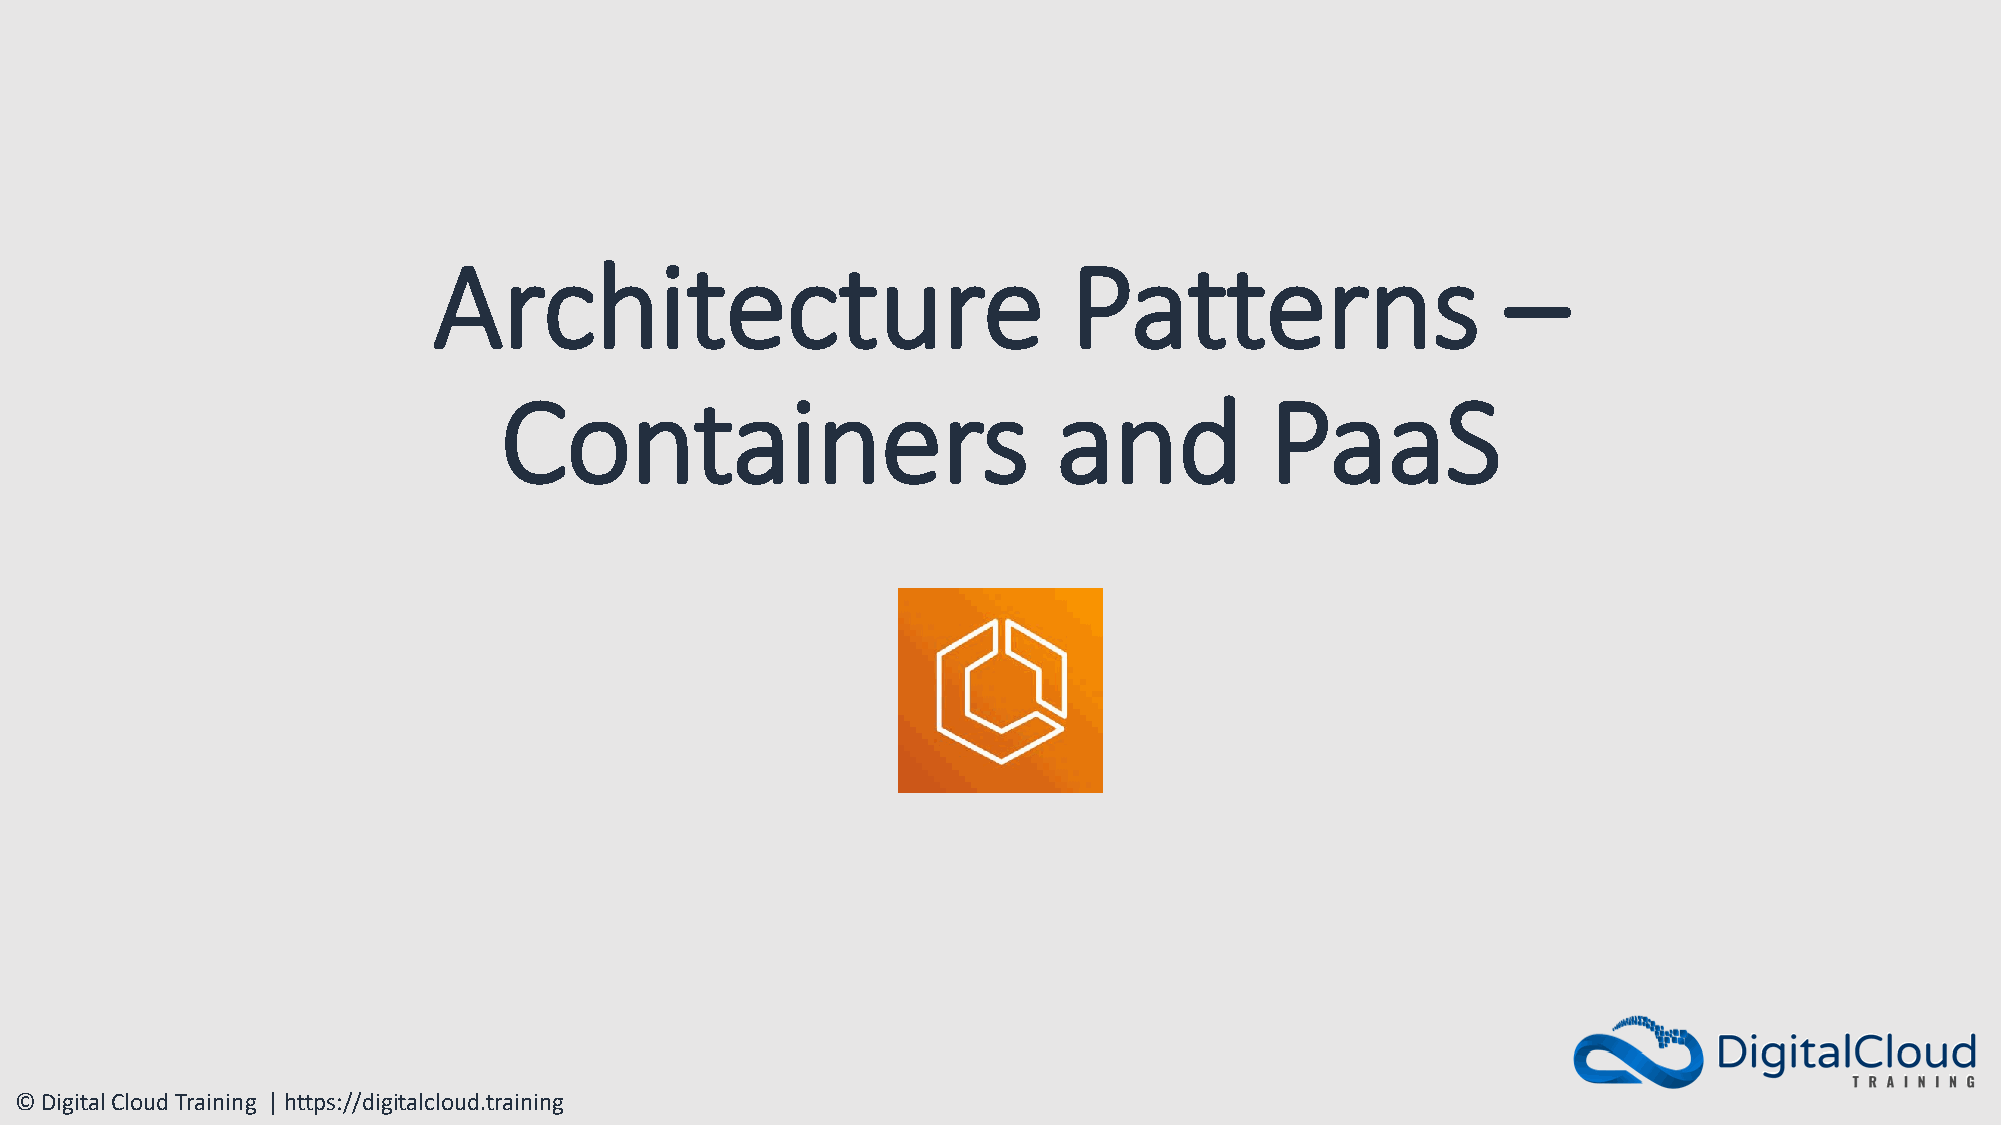
Architecture                              Patterns                     –
 Containers                           and           PaaS
 © Digital Cloud Training | https://digitalcloud.training